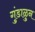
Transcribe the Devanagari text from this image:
गुंडाळुन